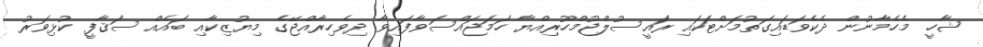
ޝާހީ މެހެމާނުން ދެކެވަޑައިގަތުމަށްޓަކައި ރައީސުލްޖުމްހޫރިއްޔާ ހަމަޖައްސަވާފައިވާ ދިވެހިރާއްޖޭގެ މިޔުޒިކާއި ބައެއް ސަޤާފީ ކުޅިވަރު